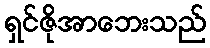
ရှင်ဇိုအာဘေးသည်